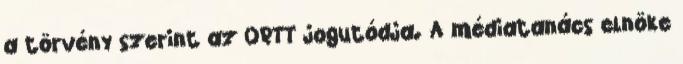
a törvény szerint az ORTT jogutódja. A médiatanács elnöke